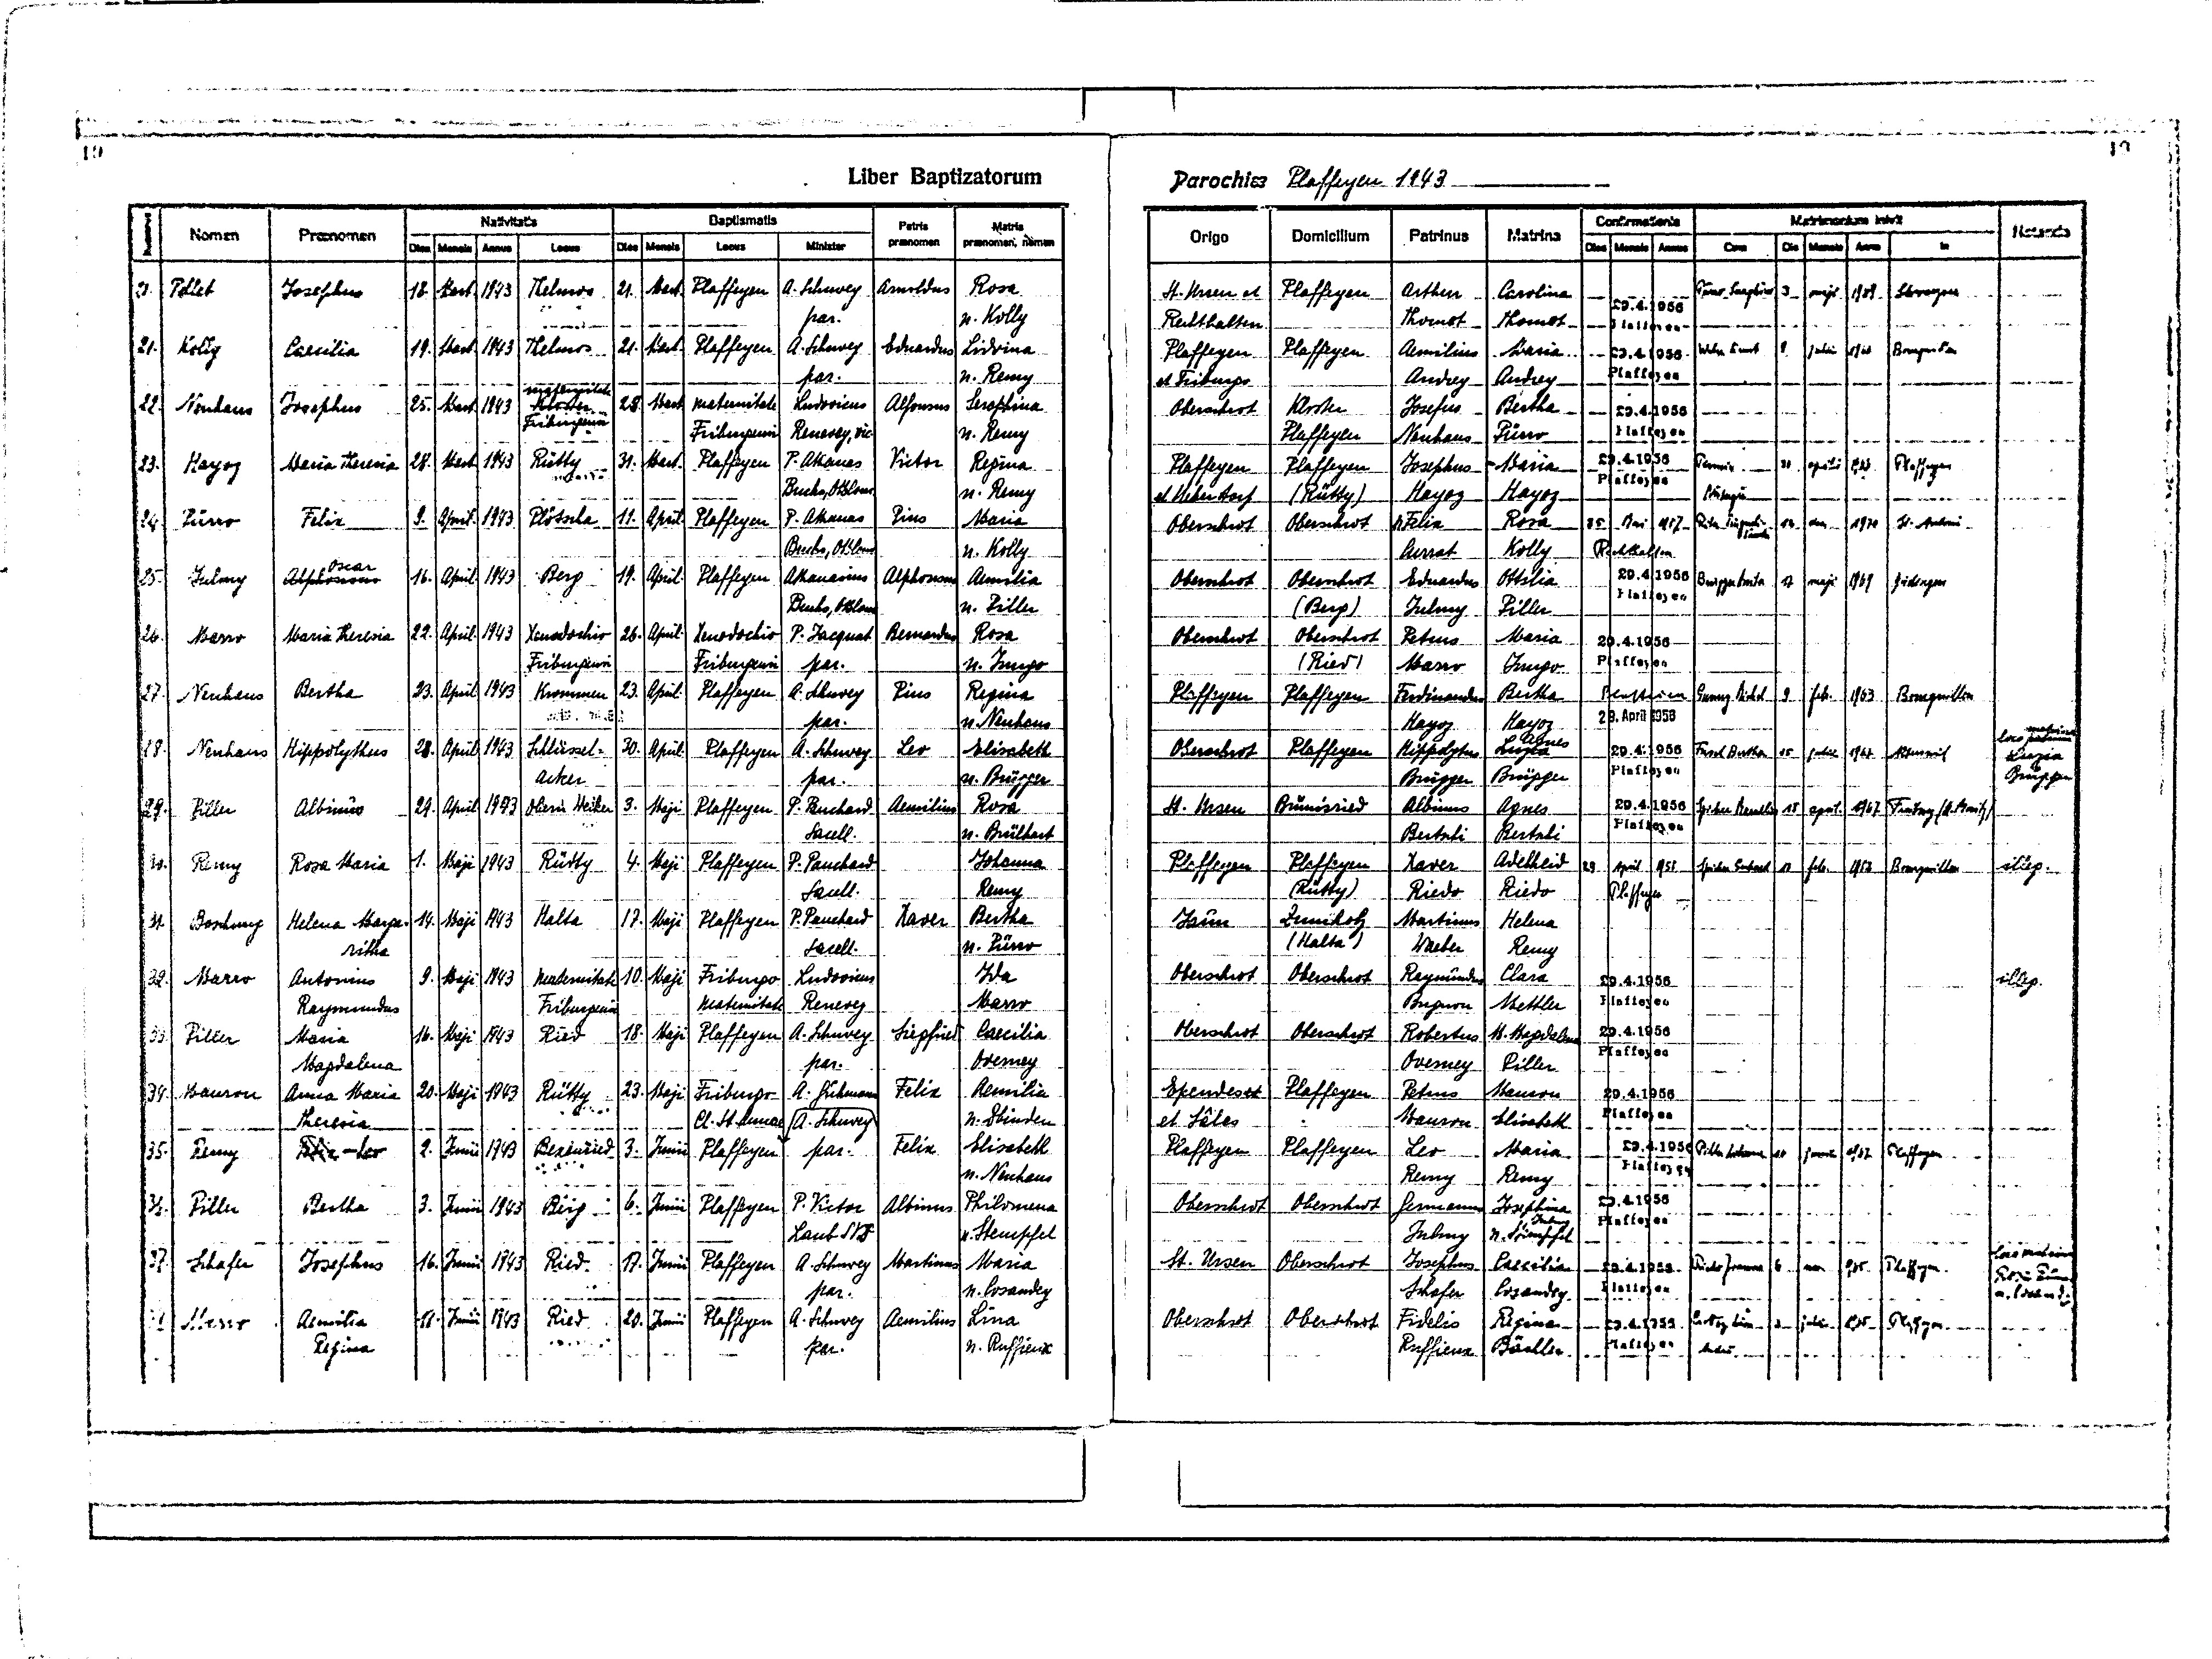
19
Liber Baptizatorum
Parochiae Plaffeyen 1943
19

20.
21
22.
23.
24
25.
26
27
28
29
30
31
32
33.
34.
35.
36.
37
38

Patris
praenomen
Arnoldus
Eduardus
Alfonsus
Victor
Pius
Alphonsus
Bernardus
Pius
Leo
Aemilius
Xaver
Siegfried
Felix
Felix
Albinus
Martinus
Aemilius

Matris
praenomen, nomen
Rosa
n. Kolly
Ludwina
n. Remy
Seraphina
n. Remy
Regina
n. Remy
Maria
n. Kolly
Aemilia
n. Piller
Rosa
n. Jungo
Regina
n. Neuhaus
Elisabeth
n. Brügger
Rosa
n. Brülhart
Johanna
Remy
Bertha
n. Pürro
Ida
Marro
Caecilia
Overney
Aemilia
n. Zbinden
Elisabeth
n. Neuhaus
Philomena
n. Stempfel
Maria
n. Cosandey
Lina
n. Rüffieux

Baptismatis

Matrina
Carolina
Thomet
Maria
Andrey
Bertha
Pürro
Maria
Hayoz
Rosa
Kolly
Ottlia
Piller
Maria
Jungo
Bertha
Hayoz
Agnes
Luchs
Brügger
Agnes
Bertschi
Adelheid
Riedo
Helena
Remy
Clara
Mettler
M. Magdalena
Piller
Mauron
Elisabeth
Maria
Remy
Josephina
Julmy
n. Stämpfli
Caecilia
Cosandey
Regina
Bächler

Matrimonium inivit

Nomen
Pellet
Kolly
Neuhaus
Hayoz
Pürro
Julmy
Marro
Neuhaus
Neuhaus
Piller
Remy
Boschung
Marron
Piller
Mauron
Remy
Piller
Schafer
Marro

Praenomen
Josephus
Caecilia
Josephus
Meria-Theresia
Felix
Oscar
Alphonsus
Maria-Theresia
Bertha
Hippolythus
Albinus
Rosa Maria
Helena Marge-
ritha
Antonius
Raymondus
Maria
Magdalena
Anna Maria
Theresia
Felix -Leo
Bertha
Josephus
Aemilia
Regina

Origo
St. Ursen et
Rechthalten
Plaffeyen
et Friburgo
Oberschrot
Plaffeyen
et Ueberstorf
Obersshrot
Oberschrot
Oberschrot
Plaffeyen
Oberschrot
St. Ursen
Plaffeyen
Jaun
Oberschrot
Oberschrot
Ependes et
et Sâles
Plaffeyen
Obershrot
St. Ursen
Oberschrot

Domicilium
Plaffeyen
Plaffeyen
Kloster
Plaffeyen
Plaffeyen
(Rütty)
Oberschrot
Oberschrot
(Berg)
Oberschrot
(Ried)
Plaffeyen
Plaffeyen
Brünisried
Plaffeyen
(Rütty)
Zumholz
(Halta)
Oberschrot
Oberschrot
Plaffeyen
Plaffeyen
Oberchhrot
Oberschrot
Oberschrot

Patrinus
Arthur
Thomet
Aemilius
Andrey
Josefus
Neuhaus
Josephus
Hayoz
n Felix
Currat
Eduardus
Julmy
Petrus
Marro
Ferdinandus
Hayoz
Hippolytus
Brügger
Albinus
Bertschi
Xaver
Riedo
Martinus
Waeber
Raymundus
Bugnon
Robertus
Overney
Petrus
Mauron
Leo
Remy
Germanus
Julmy
Josephus
Schafer
Fidelis
Ruffieux

Confirmationis

in
Schwarzsee
Bourguillon
Plaffeyen
St. Antoni
Düdingen
Bouguillon
Alterswril
Freiburg (St. Moritz)
Bourguillon
Plaffeyen
Plaffeyen
Plaffeyen

Mensis
Mart.
Mart.
Mart.
Mart.
April.
April
April
April
April
Maji
Magi
Magi
Magi
Magi
Magi
Junii
Junii
Junii
Junii

Die
3
8
30
12.
17
9
15
18
17
18
6
3

Mensis
Mart.
Mart
Mart
Mart
April
April
April
April
April
April
Maji
Maji
Maji
Maji
Maji
Junii
Junii
Junii
Junii

Locus
Thelmos
Thelmos
Maternitate
Kloster
Friburgensi
Rütty
Plötscha
Berg
Xenodochio
Friburgiensis
Krommen
Schlüssel-
Acker
Obere Weiden
Rütty
Halta
Maternitate
Friburgensi
Ried
Rütty
Bexenried
Rerg
Ried
Ried

Minister
A. Schuwey
par.
A. Schuwey
par.
Ludovicus
Renevey, vic.
P. Athanas
Buchs, Oaltlaus
P. Athanas
Burchs OAlaus
Athanasius
Buchs OKlaus
P. Jaquat
par.
A. Schuwey
par.
A. Schuwey
par.
P. Pauchard
Sacell.
P. Pauchard
Sacell.
P. Pauchard
Sacell
Ludovicus
Renevey
A. Schuwey
par.
A. Fühmann
A. Schuwey
par.
P. Victor
Laub SYS
A. Schuwey
par.
A. Schuwey
par.

Dies
21
21.
28
31
11
19
26
23
30.
3.
4
17
10
18
23
6.
17
20

Locus
Plaffeyen
Plaffeyen
Maternitate
Friburgensi
Plaffeyen
Plaffeyen
Plaffeyen
Xenodochio
Friburgensis
Plaffeyen
Plaffeyen
Plaffeyen
Plaffeyen
Plaffeyen
Friburgo
Maternitate
Plaffeyen
Friburgo
Cl. St. Annae
Plaffeyen
Plaffeyen
Plaffeyen
Plaffeyen

Dies Mensis Annus
29.4.1956
Plaffeyen
29.4.1956
Plaffeyen
29.4.1956
Plaffeyen
29.4.1956
Plaffeyen
25 Mai 1957
Rechthalten
29.4.1956
Plaffeyen
29.4.1956
Plaffeyen
Plaffeien
29. April 1956
29.4.1956
Plaffeyen
29.4.1956
Plaffeyen
29 April 1958
Plaffeyen
29.4.1956
Plaffeyen
29.4.1956
Plaffeyen
29.4.1956
Plaffeyen
29.4.1956
Plaffeyen
29.4.1956
Plaffeyen
29.4.1956
Plaffeyen
29.4.1956
Plaffeyen

Cum
Pürro Seraphina
Wider Ernest
Pirmin
Nösberger
Rita Tingueli-
Marilis
Brügger Anita
G----g Michel
Fasel Bertha
Spicher Guhlu
Spicher Gerbart
Piller Aehuwe
Riedo Joanna
Cotting Li--
André

Annus
1943
1943
1943
1943
1943
1943
1943
1943
1943
1943
1943
1943
1943
1943
1943
1943
1943
1943
1943

Dies
18
19
25.
28
9.
16
22
23
28
29
1
14
9
16
20.
2
3
16
18

Notanda
loco patrino
matrina
Luzia
Brügger
illeg.
illeg.
loca matrina
Rosa Pürro
n. Cosandey

Mensis
maji
julii
aprilis
dec.
maji
febr.
julii
april.
febr.
junii
nov
julii

Anno
1968
1966
1966
1970
1969
1963
1967
1967
1962
1967
1965
1965